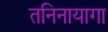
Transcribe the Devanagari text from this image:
तनिनायागा